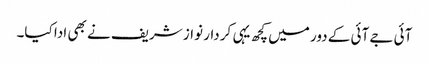
آئی جے آئی کے دور میں کچھ یہی کردار نواز شریف نے بھی ادا کیا۔